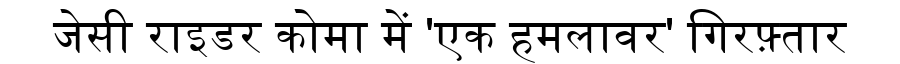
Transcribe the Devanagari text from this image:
जेसी राइडर कोमा में 'एक हमलावर' गिरफ़्तार